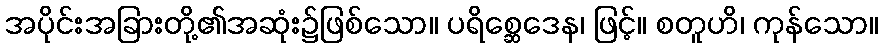
အပိုင်းအခြားတို့၏အဆုံး၌ဖြစ်သော။ ပရိစ္ဆေဒေန၊ ဖြင့်။ စတူဟိ၊ ကုန်သော။